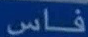
فاس